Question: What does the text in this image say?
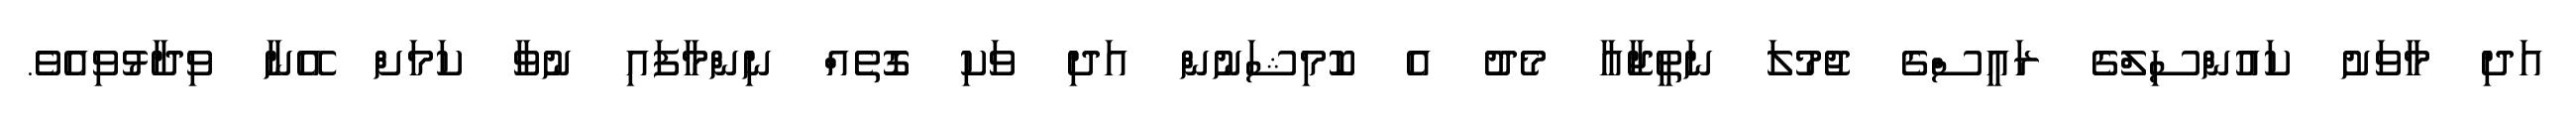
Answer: އަދި މާވަށު ކައުންސިލްގެ ރައީސްގެ ޖުމުލަ ނަތީޖާއާ މެދު އެ ކޮމިޝަނުން އަދި ވަކި ގޮތެއް ނިންމާފައި ނުވާ ކަމަށް އޭނާ ވިދާޅުވިއެވެ.